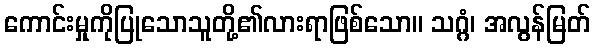
ကောင်းမှုကိုပြုသောသူတို့၏လားရာဖြစ်သော။ သဂ္ဂံ၊ အလွန်မြတ်